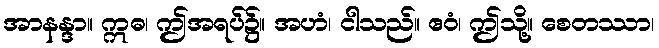
အာနန္ဒာ။ ဣဓ၊ ဤအရပ်၌။ အဟံ၊ ငါသည်။ ဧဝံ၊ ဤသို့။ စေတဿာ၊